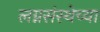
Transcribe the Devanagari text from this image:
लग्नसंस्थेच्या